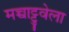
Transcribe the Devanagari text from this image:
मच्चाट्टुवेला